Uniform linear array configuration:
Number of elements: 32
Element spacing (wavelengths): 0.25
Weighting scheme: blackman
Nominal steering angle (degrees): -45
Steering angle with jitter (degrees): -45.391
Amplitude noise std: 0.05
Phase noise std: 0.05

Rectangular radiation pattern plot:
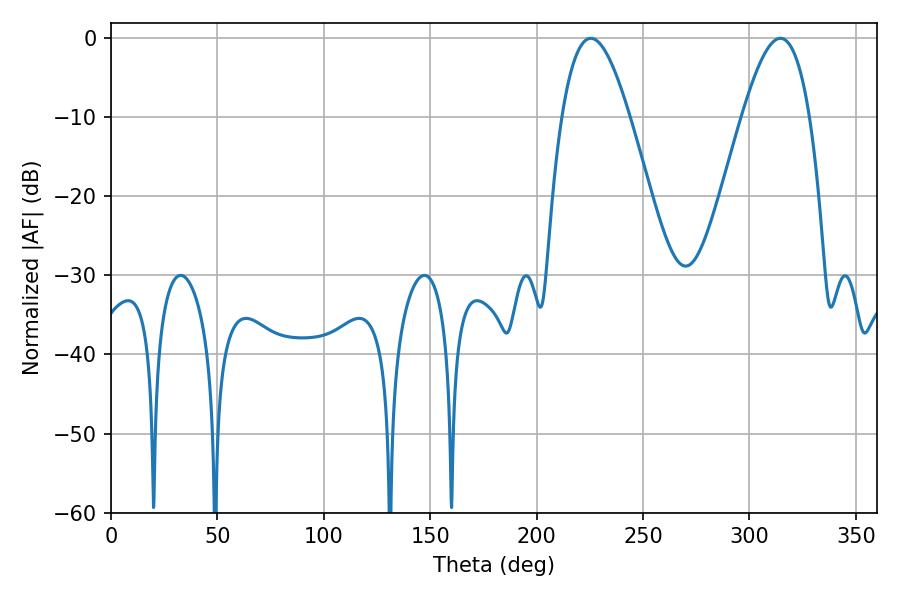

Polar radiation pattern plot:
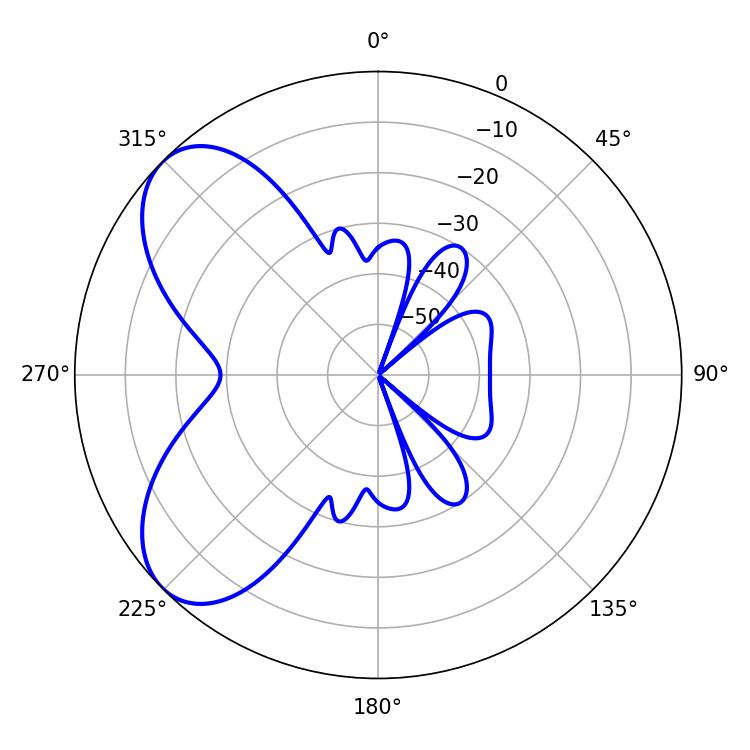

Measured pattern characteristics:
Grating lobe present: FALSE
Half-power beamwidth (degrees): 17.1
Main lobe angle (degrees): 225.54